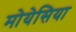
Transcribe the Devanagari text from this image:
मोयेसिया